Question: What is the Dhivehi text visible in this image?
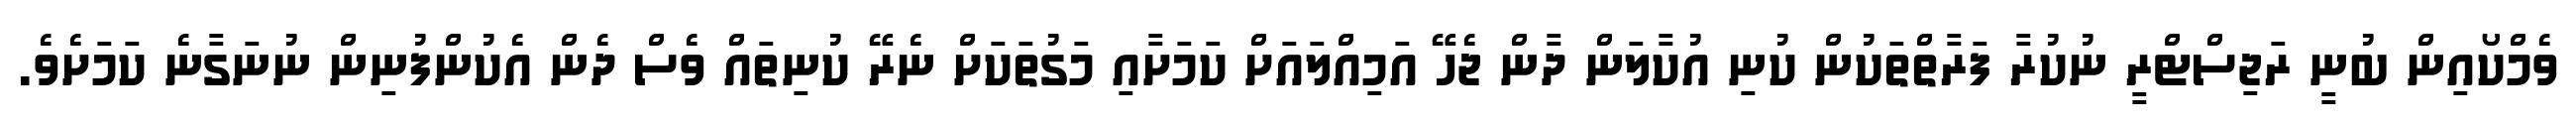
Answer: ވެމްކޯއިން ބުނީ ރަޖިސްޓްރީ ނުކުރާ ފަރާތްތަކުން ކުނި އުކާލަން ދާން ޖެހޭ އަމިއްލައަށް ކަމަށާއި މަގުތަކަށް ނެރޭ ކުނިތައް ވެސް ދެން އެކުންފުނިން ނުނަގާނެ ކަމަށެވެ.